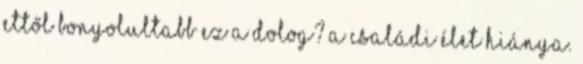
ettől bonyolultabb ez a dolog? A családi élet hiánya.